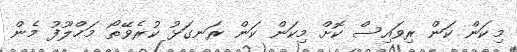
މިކަން ކަން ރިވައިސް ކޮށް މިކަން ކަން ރަނގަޅު ކުރެވޭތޯ މަޚްލޫފު މެން